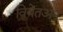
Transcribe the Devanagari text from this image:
वियेतअन